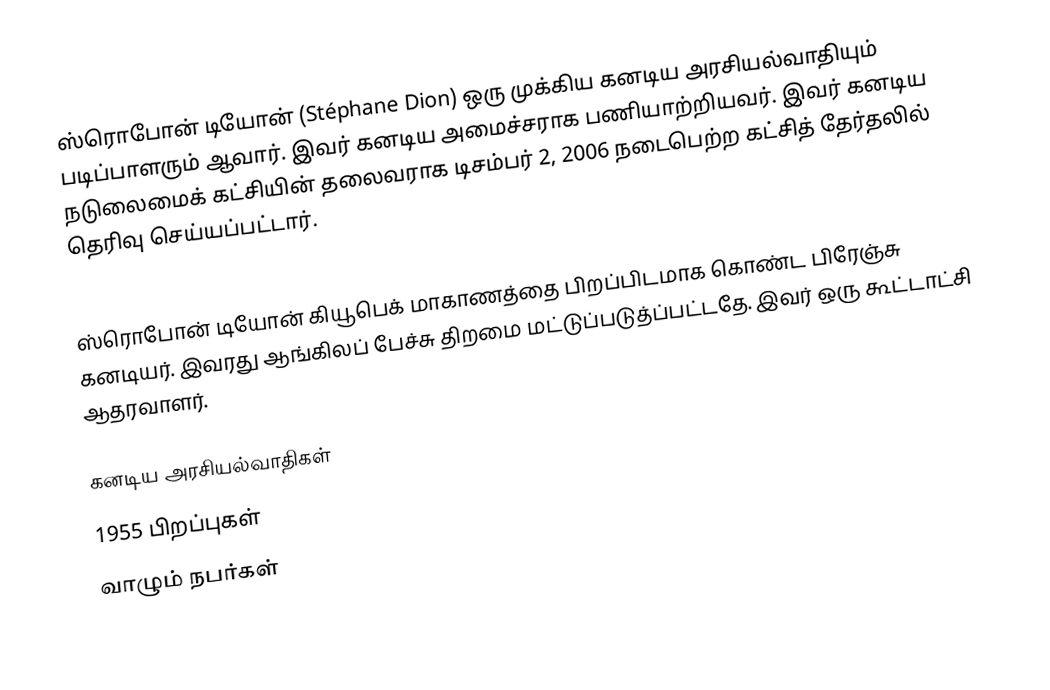
ஸ்ரொபோன் டியோன் (Stéphane Dion) ஒரு முக்கிய கனடிய அரசியல்வாதியும் படிப்பாளரும் ஆவார்.  இவர் கனடிய அமைச்சராக பணியாற்றியவர்.  இவர் கனடிய நடுலைமைக் கட்சியின் தலைவராக டிசம்பர் 2, 2006 நடைபெற்ற கட்சித் தேர்தலில் தெரிவு செய்யப்பட்டார்.

ஸ்ரொபோன் டியோன் கியூபெக் மாகாணத்தை பிறப்பிடமாக கொண்ட பிரேஞ்சு கனடியர்.  இவரது ஆங்கிலப் பேச்சு திறமை மட்டுப்படுத்ப்பட்டதே.  இவர் ஒரு கூட்டாட்சி ஆதரவாளர்.

கனடிய அரசியல்வாதிகள்
1955 பிறப்புகள்
வாழும் நபர்கள்